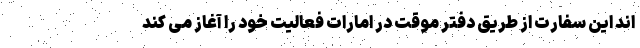
اند این سفارت از طریق دفتر موقت در امارات فعالیت خود را آغاز می کند